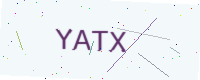
Text: YATX